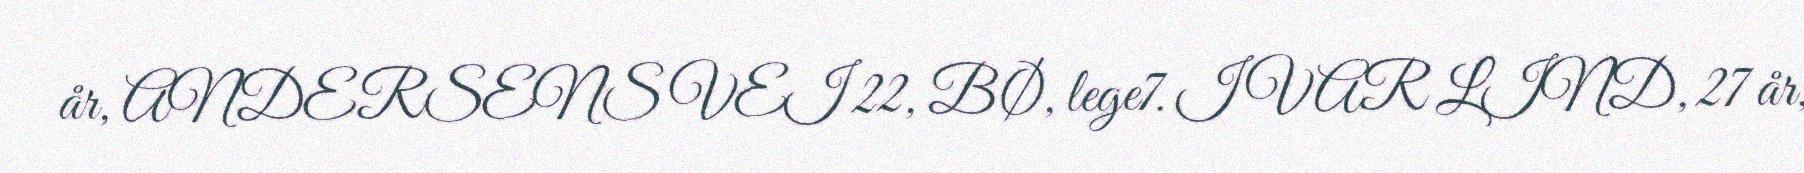
år, ANDERSENS VEI 22, BØ, lege7. IVAR LIND, 27 år,